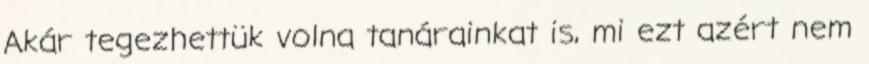
Akár tegezhettük volna tanárainkat is, mi ezt azért nem